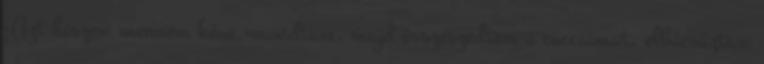
-Azt hiszem mennem kéne.-mondtam, majd összeszedtem a cuccaimat, elbúcsúztam